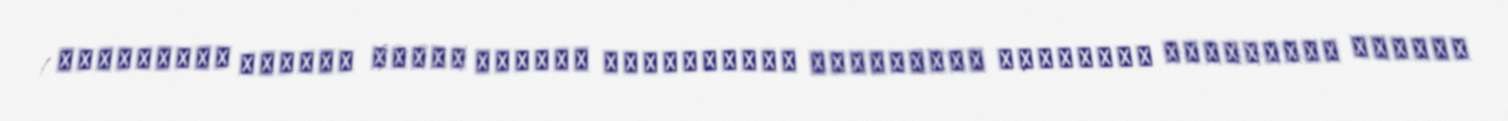
!اویقارلاش اوتای، بوتای وطندیر آذربايجانی ايستيقلال قورتارار آذربایجان حاملهً